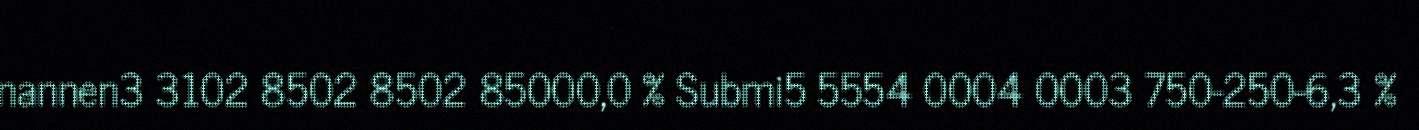
nannen3 3102 8502 8502 85000,0 % Submi5 5554 0004 0003 750-250-6,3 %